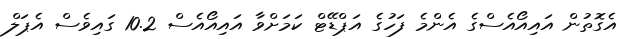
އެގޮތުން އައިއޯއެސްގެ އެންމެ ފަހުގެ އަޕްޑޭޓް ކަމަށްވާ އައިއޯއެސް 10.2 ގައިވެސް އެޕަލް